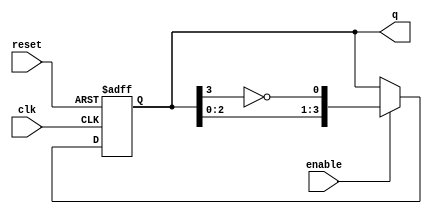
module johnson_counter #(
    parameter n = 4  // Number of flip-flops
) (
    input wire clk,         // Clock signal
    input wire reset,       // Asynchronous reset signal
    input wire enable,      // Enable signal for counting
    output reg [n-1:0] q    // Output state of the counter
);

// Internal signal for the inverted output of the last flip-flop
wire feedback;

assign feedback = ~q[n-1]; // Inverted output of the last flip-flop

always @(posedge clk or posedge reset) begin
    if (reset) begin
        q <= 0; // Reset the counter to 0
    end else if (enable) begin
        q <= {q[n-2:0], feedback}; // Shift and feed back the inverted output
    end
end

endmodule